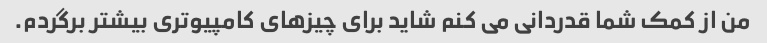
من از کمک شما قدردانی می کنم شاید برای چیزهای کامپیوتری بیشتر برگردم.